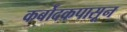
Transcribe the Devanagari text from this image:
कर्बोदकपासून